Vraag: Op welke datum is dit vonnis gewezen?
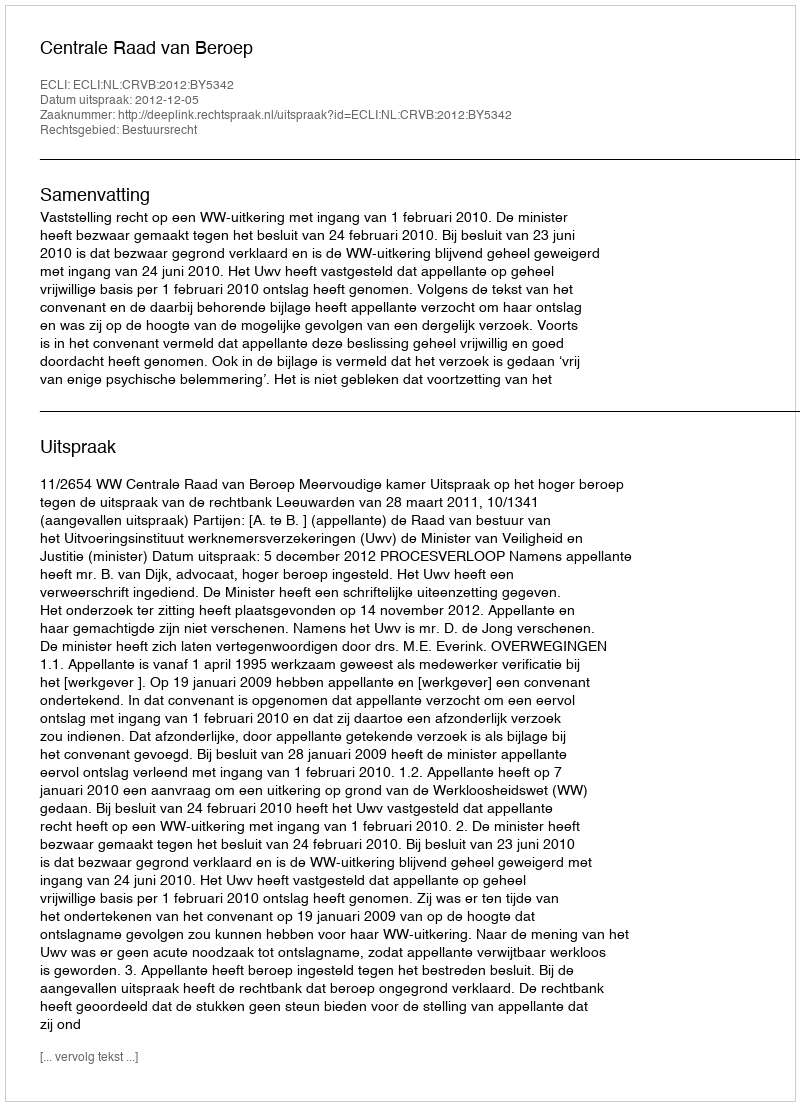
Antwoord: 2012-12-05